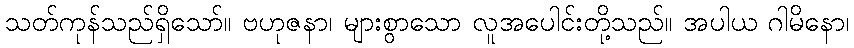
သတ်ကုန်သည်ရှိသော်။ ဗဟုဇနာ၊ များစွာသော လူအပေါင်းတို့သည်။ အပါယ ဂါမိနော၊